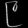
Digit: ၉